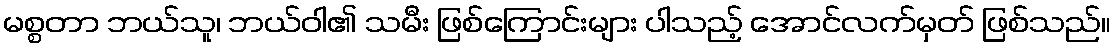
မစ္စတာ ဘယ်သူ၊ ဘယ်ဝါ၏ သမီး ဖြစ်ကြောင်းများ ပါသည့် အောင်လက်မှတ် ဖြစ်သည်။